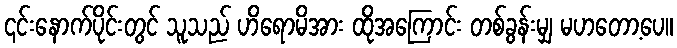
၎င်းနောက်ပိုင်းတွင် သူသည် ဟိရောမိအား ထိုအကြောင်း တစ်ခွန်းမျှ မဟတော့ပေ။